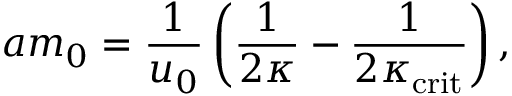
a m _ { 0 } = \frac { 1 } { u _ { 0 } } \left( \frac { 1 } { 2 \kappa } - \frac { 1 } { 2 \kappa _ { \mathrm { c r i t } } } \right) ,